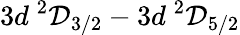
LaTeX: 3d\ ^{2}\mathcal{D}_{3/2}-3d\ ^{2}\mathcal{D}_{5/2}